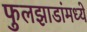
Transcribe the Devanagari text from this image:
फुलझाडांमध्ये